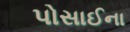
પોસાઈના